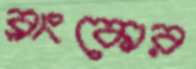
ব্লাংকোর